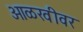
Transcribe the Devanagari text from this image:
ओळखीवर